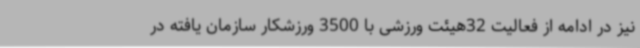
نیز در ادامه از فعالیت 32هیئت ورزشی با 3500 ورزشکار سازمان یافته در